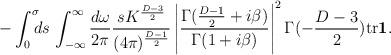
LaTeX: \begin{align*}- \int_{0}^{\sigma}\!\!\!ds \,\int_{-\infty}^{\infty}\frac{d\omega}{2\pi} \frac{sK^{\frac{D-3}{2}}}{(4\pi)^{\frac{D-1}{2}}} \left| \frac{\Gamma(\frac{D-1}{2}+i\beta)}{\Gamma(1+i\beta)} \right|^{2}\Gamma(-\frac{D-3}{2})\mbox{tr}\mbox{\boldmath$1$}. \end{align*}